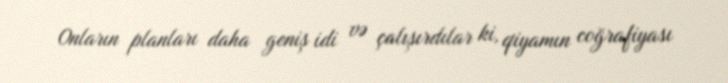
Onların planları daha geniş idi və çalışırdılar ki, qiyamın coğrafiyası